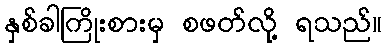
နှစ်ခါကြိုးစားမှ စဖတ်လို့ ရသည်။